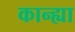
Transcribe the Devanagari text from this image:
कान्ह्या